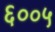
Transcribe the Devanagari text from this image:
६००५